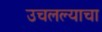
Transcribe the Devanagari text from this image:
उचलल्याचा